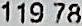
119.78